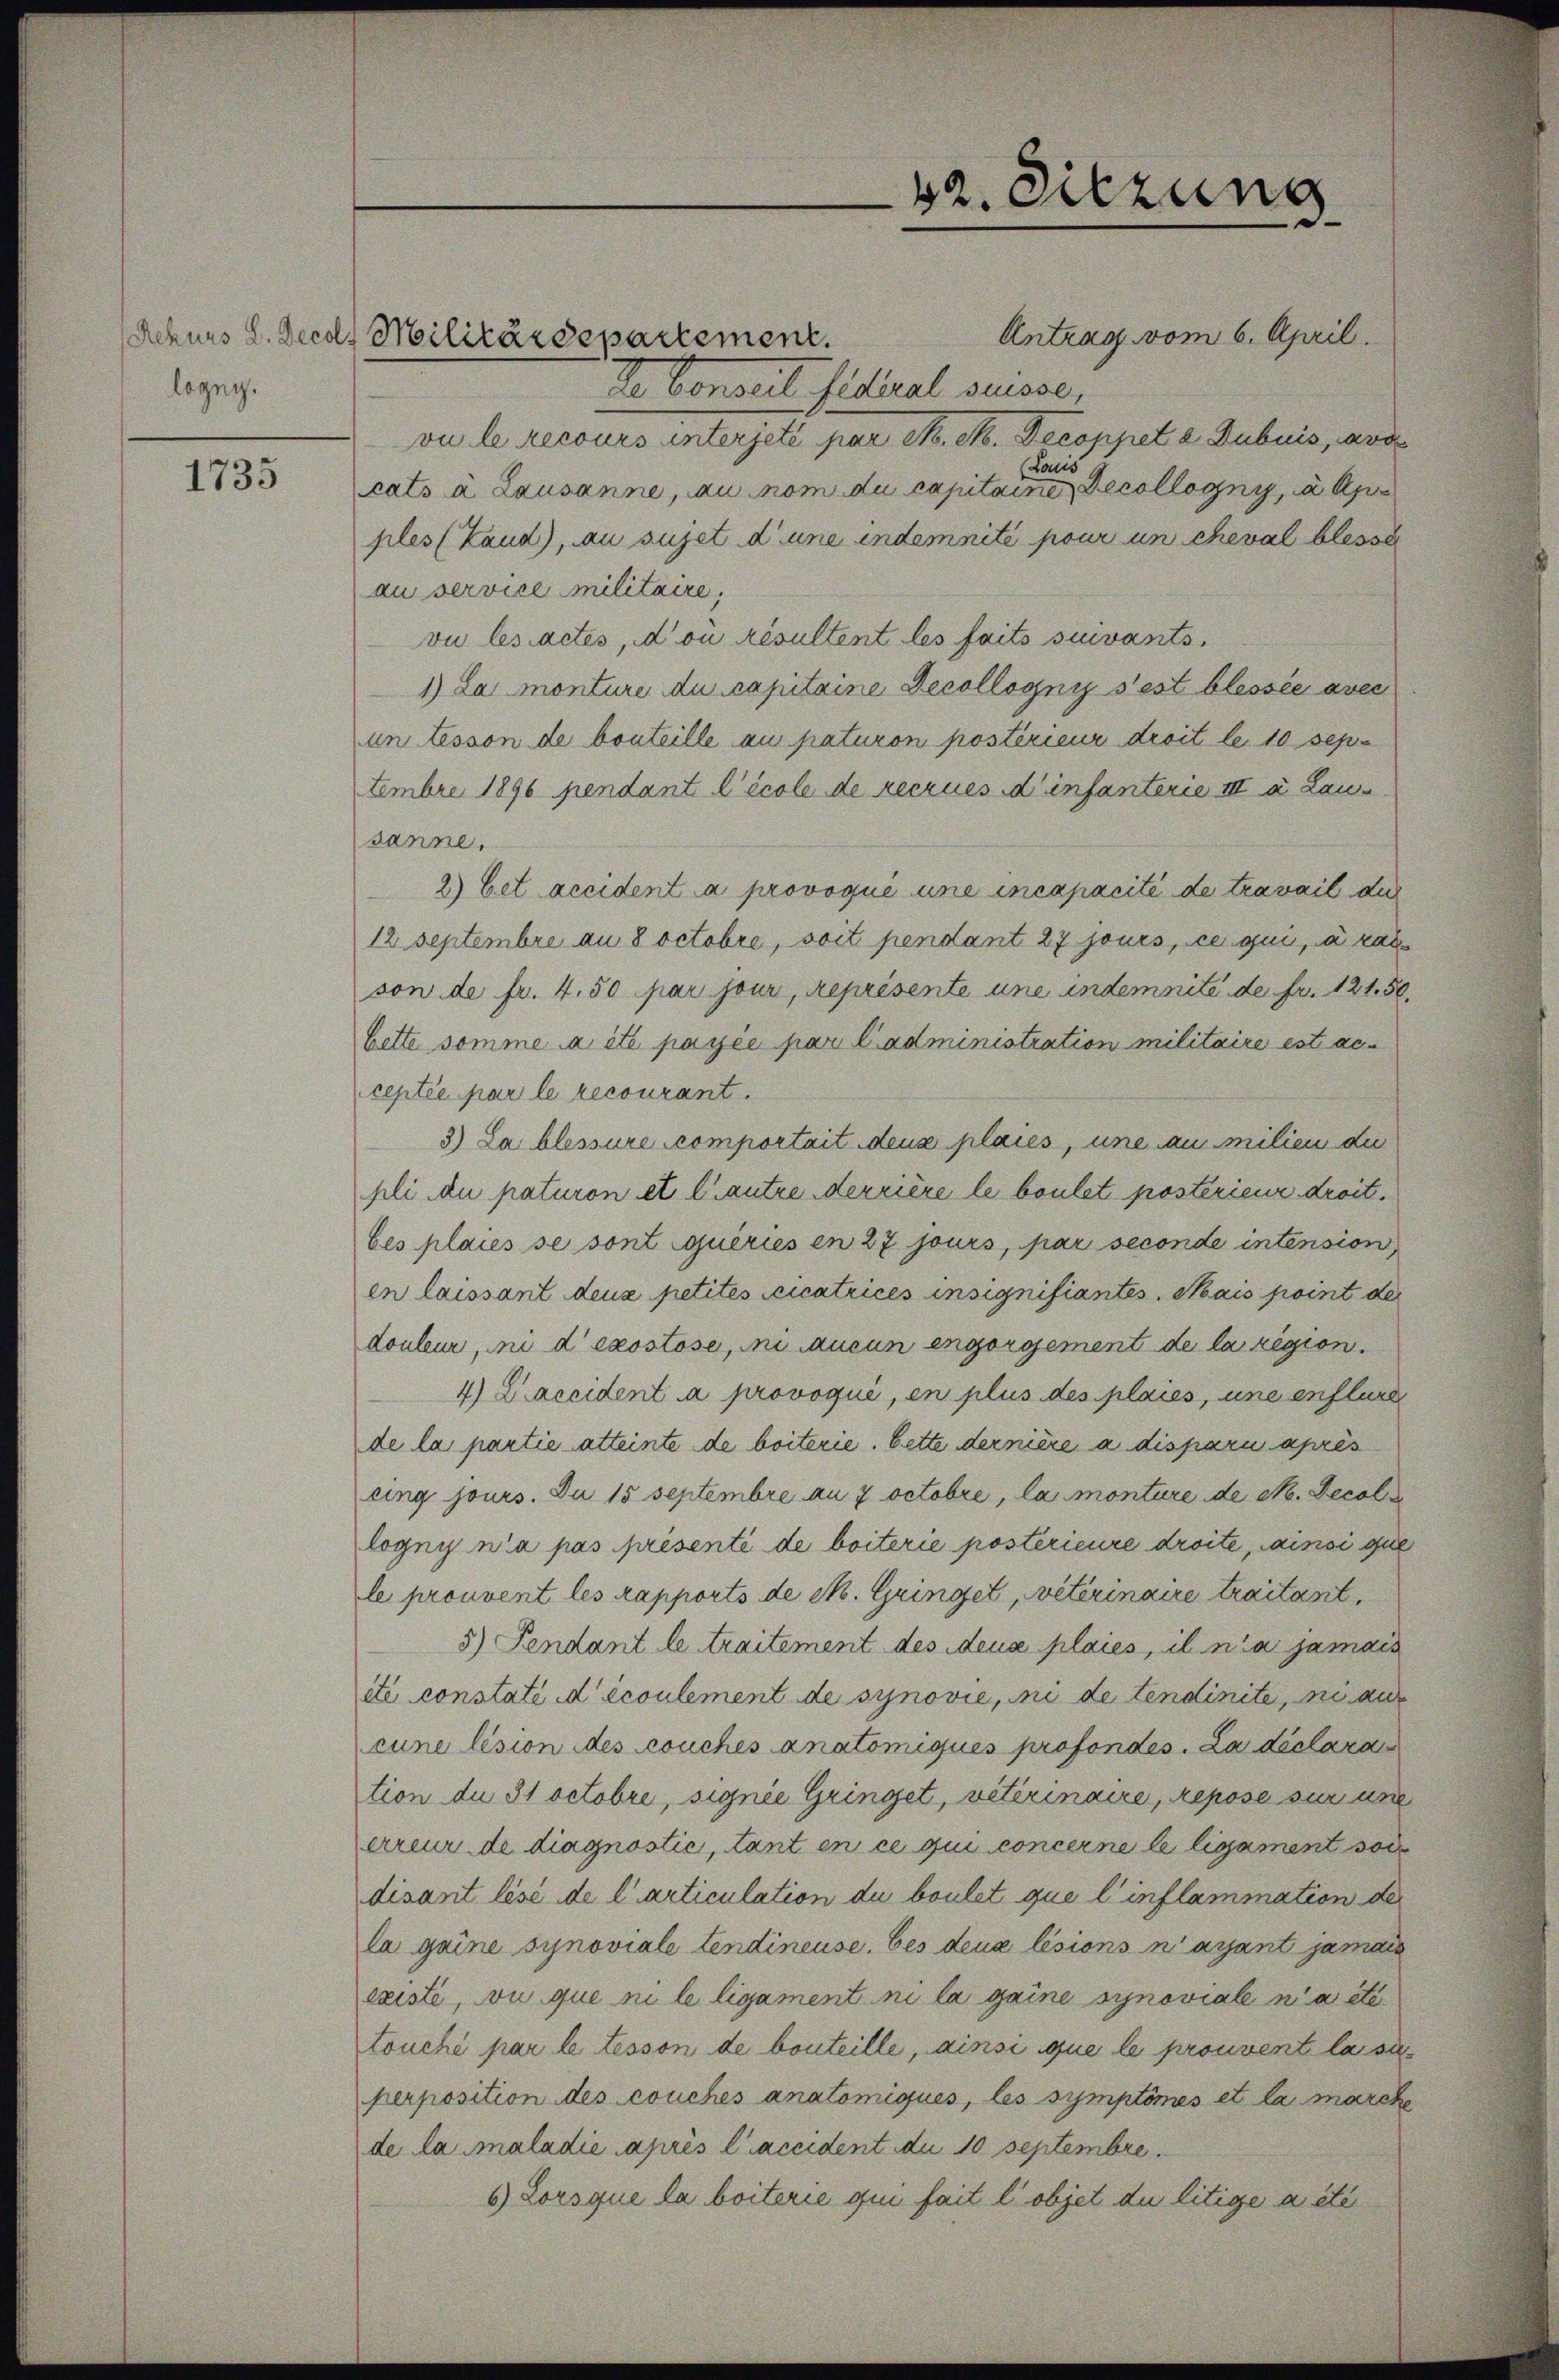
logny.

1735

Antrag vom 6. April.
de Conseit fideal suisse,
vu le recours interjeté par N. N. Decoppet 2 Dubuis, avo
Lauis
cats a Lausanne, au nom du capitaine Decollogny, a. Ap
ples (Land), au sujet d’une indemnité pour un cheval blesse
au service militaire,
vu les actes, ou résultent les faits suivants.
1) La monture du capitaine Decollogni s’est blessée aver
an tesson de bouteille au paturon postérieur droit le 10 Sep.
tembre 1896 pendant l’école de Recrues d’infanterie III a Lau
sanne.
2) Cet accident a provoqué une incapacité de travail die
12 Septembre an 8 octobre, soit pendant 27 jours, ce qui, à rat
son de fr. 4.50 par jour, représente une indemnité de fr. 121. 50.
bette somme a été payée par Cadministration militaire est ac
ceptée par le recourant.
3) La blessure comportait deux plaies, une au milien die
pli du paturon et l’autre errière le boulet postérieure droit.
bes places se sont queries en 27 jours, par seconde intension
en laissant deux petites scicatrices insignifiantes. Mais point der
douleur, mi depostose, in Aucun engergement de lazigion
4) Laccident a provoqué, en plus des plaies, une enfläre
de la partie atteinte de boiterie. Bette dernière a dispari après
uing jours. Du 15 Septembre au 7 octobre, la monture de c. Decol
logny n’a pas presenté de boiterie postérieure droite, mainsi que
le prouvent les rapports de M. Gringet, veterinaire traitant
5) Pendant le traitement des deus plaiés, il n’a jamais
ite constati d écoulement de synovie, ni de tendinite, ni auf
cune lésion des couches anatomiqués profondés. La déclara
tion du 31 Octobre, signie Gringet, veterinaire, repose sur und
erreur de diagnostić, tant en ce qui concerne le ligament sol
disant lésé de l’articulation du boulet que l’inflammation der
la gaine synoviale tendineuse. Ces deux lésions n’ayant jamais
existe, ou que ni le ligament ni la gaine synoviale n’a etc.
touché par le tesson de bouteille, ainsi que le prouvent la superposition des couches anatomiqués, les symptomes et la marche
de la maladie après l’accident du 10 Septembre.
6) Lorsque la boiterie gin fait l’objet du litige a été

Rekurs L. Decals Militärdepartement.

42. Sitzung
e